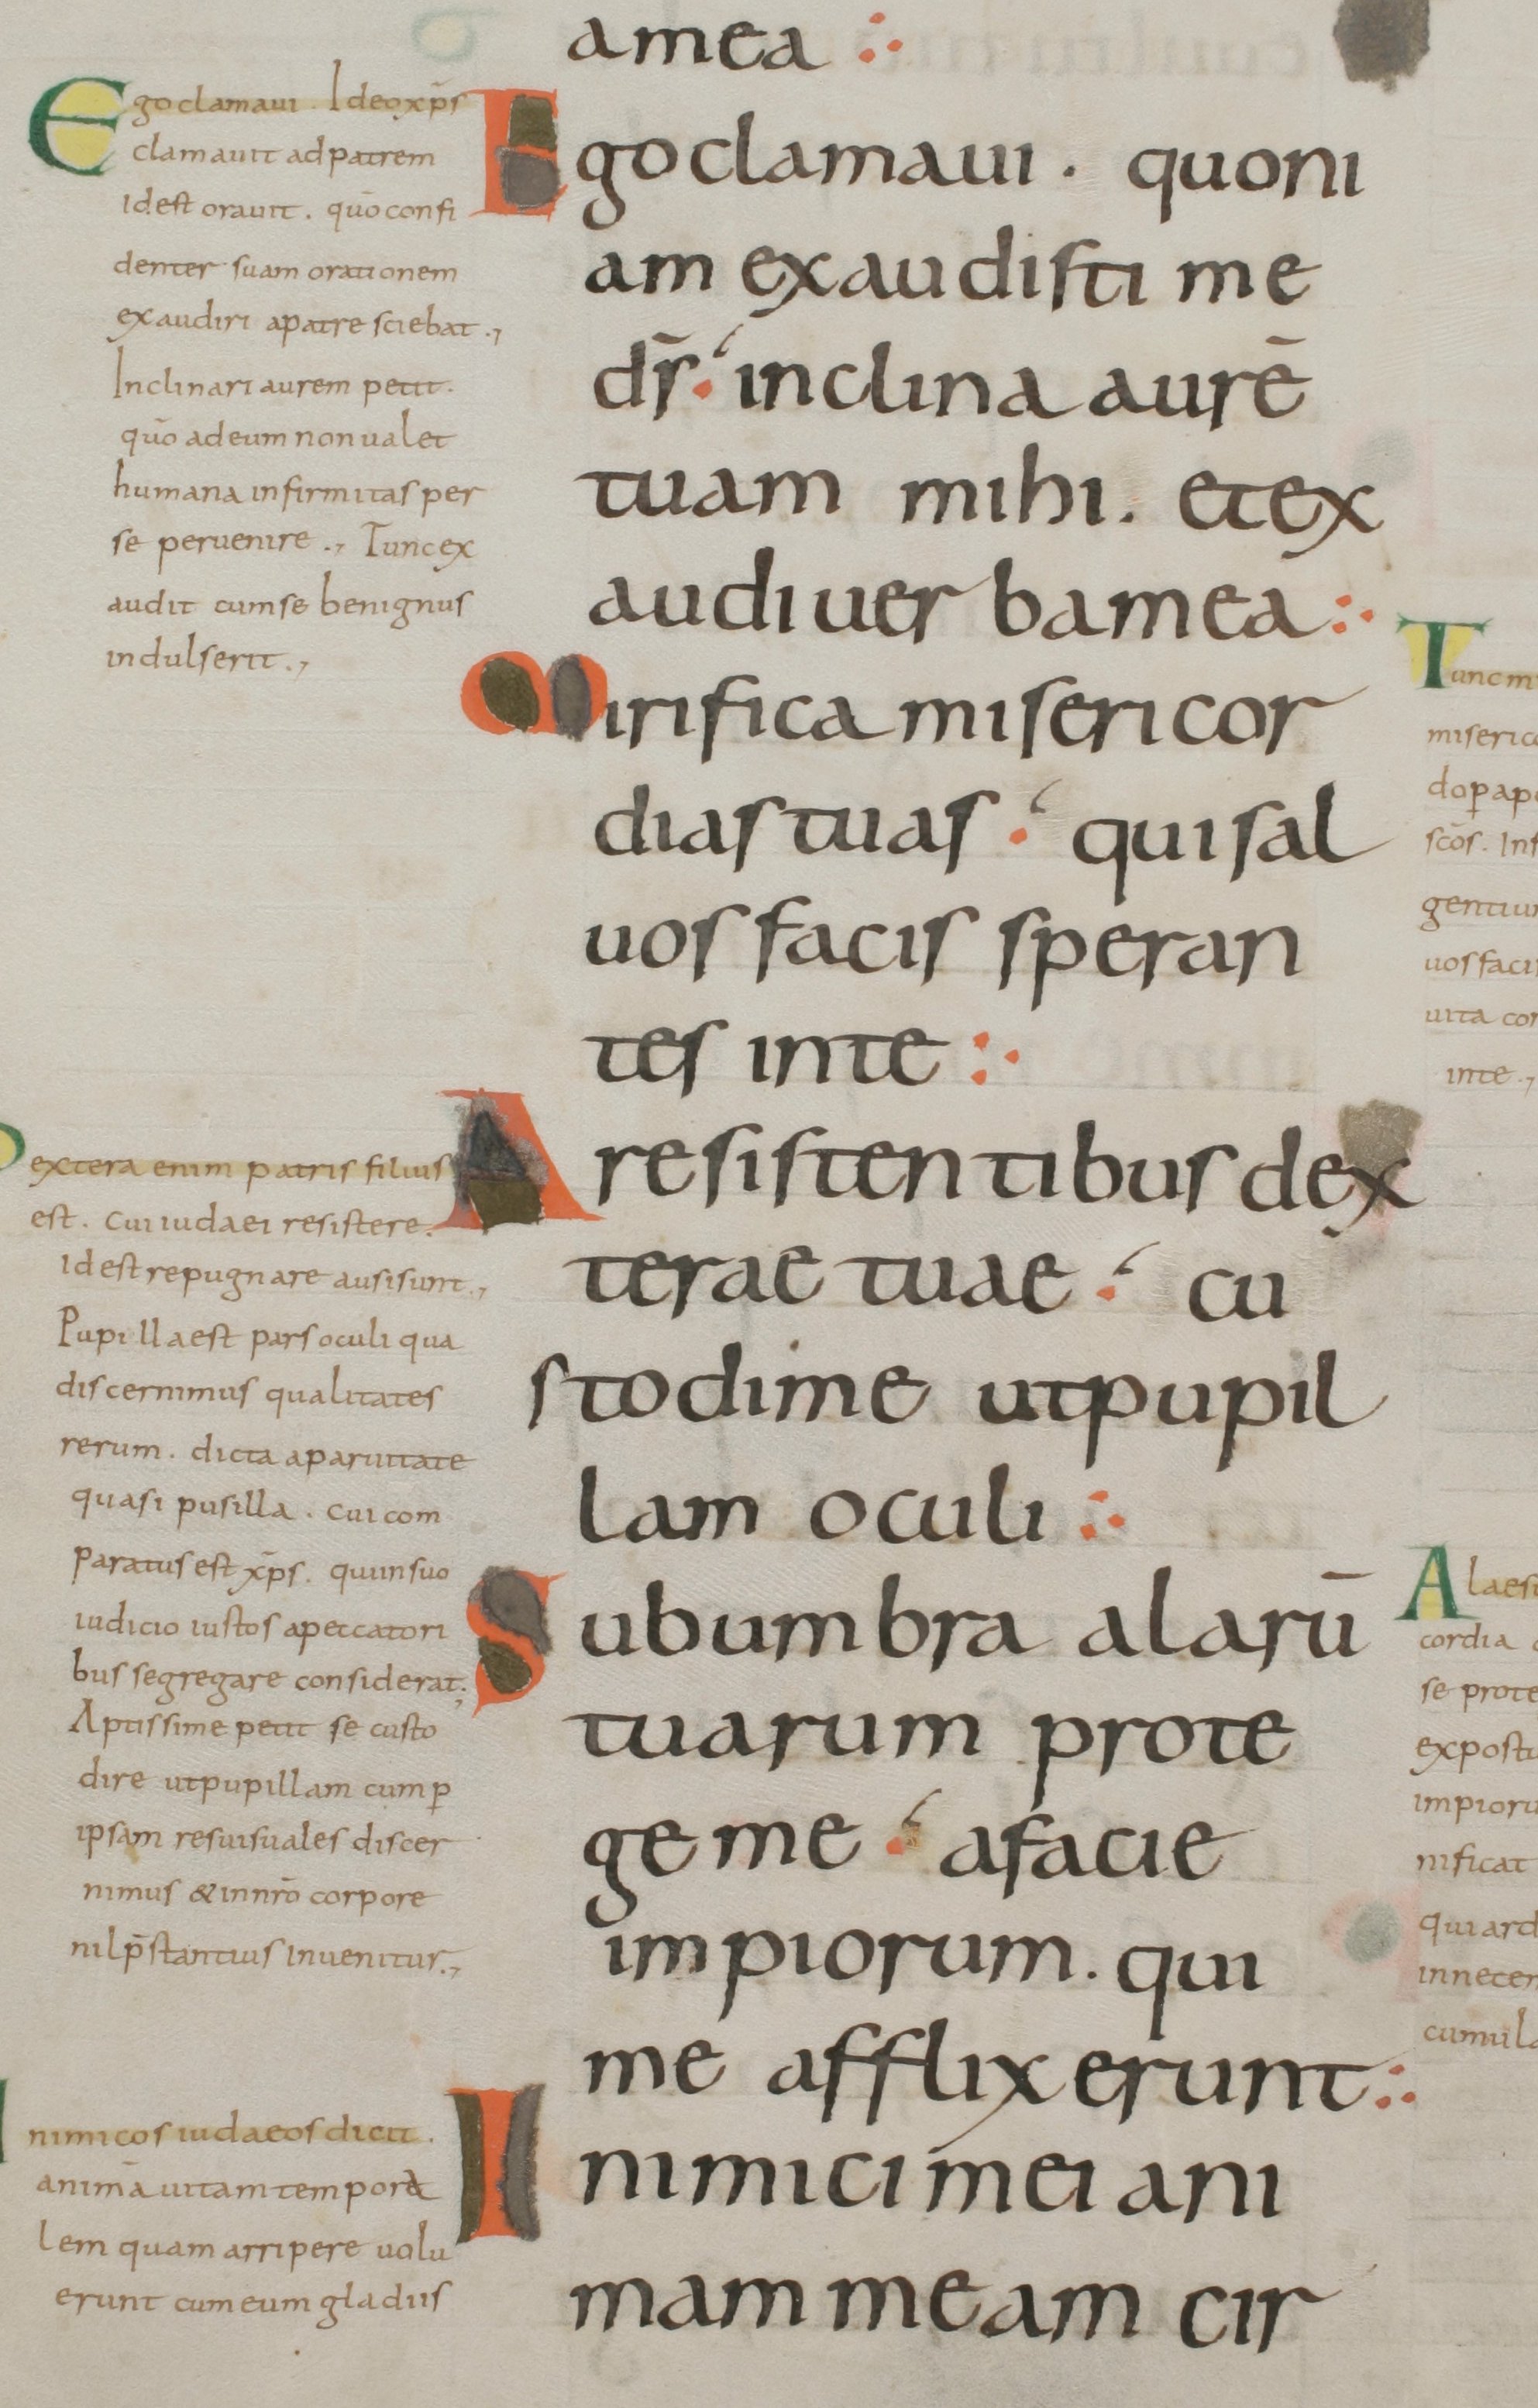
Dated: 800–899